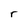
Character: r